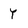
Character: Y